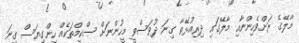
މާލޭގެ ރަށްވެހިންނާއި މާލޭގައި ދިރިއުޅޭތާ ގިނަ ދުވަސްވީ މީހުންނަށް ސްކީމްތަކެއް ހިންގިޔަސް ގިނަ